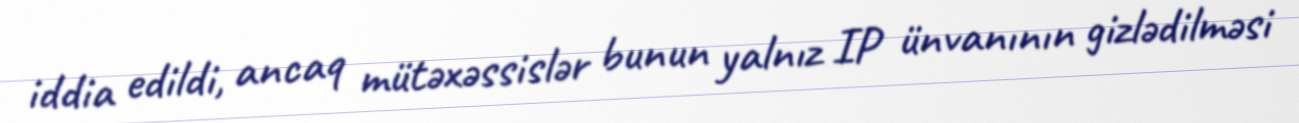
iddia edildi, ancaq mütəxəssislər bunun yalnız IP ünvanının gizlədilməsi